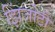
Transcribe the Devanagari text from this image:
झिंजोटी